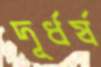
দূর্ধর্ষ